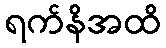
ရက်နိအထိ